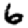
Digit: 6